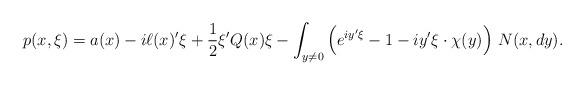
LaTeX: \begin{align*} p(x,\xi)=a(x) -i\ell(x)'\xi + \frac{1}{2} \xi'Q(x) \xi -\int_{y\neq 0} \Big(e^{iy'\xi}-1 -iy'\xi\cdot\chi(y)\Big) \ N(x,dy).\end{align*}